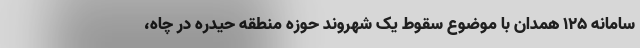
سامانه ۱۲۵ همدان با موضوع سقوط یک شهروند حوزه منطقه حیدره در چاه،